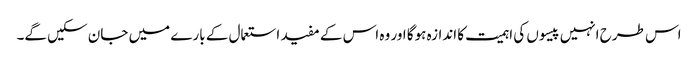
اس طرح انہیں پیسوں کی اہمیت کا اندازہ ہوگا اور وہ اس کے مفید استعمال کے بارے میں جان سکیں گے۔